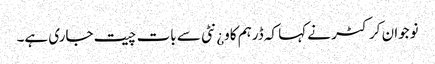
نوجوان کرکٹر نے کہا کہ ڈرہم کاو¿نٹی سے بات چیت جاری ہے۔